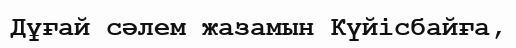
Дұғай сәлем жазамын Күйісбайға,